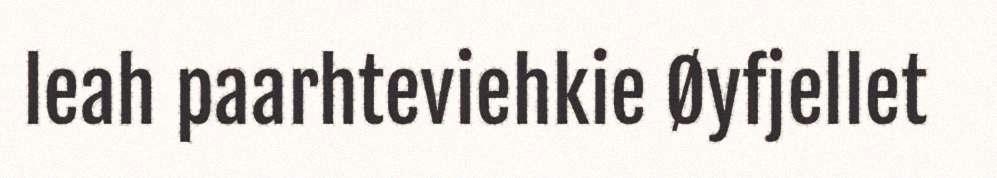
leah paarhteviehkie Øyfjellet